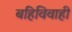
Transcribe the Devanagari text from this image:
बहिविवाही